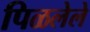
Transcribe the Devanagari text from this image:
पिळलेले